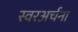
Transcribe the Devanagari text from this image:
स्वरअर्चना